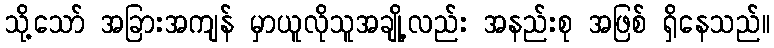
သို့သော် အခြားအကျန် မှာယူလိုသူအချို့လည်း အနည်းစု အဖြစ် ရှိနေသည်။